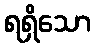
ရရှိသော